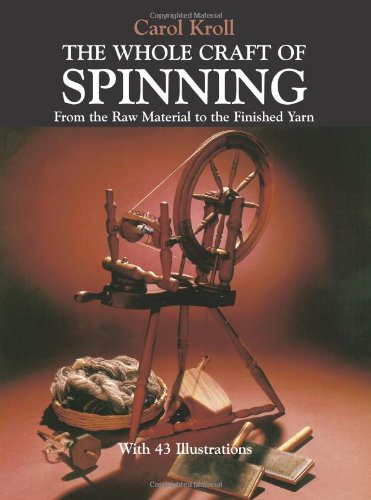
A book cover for The Whole Craft of Spinning: From the Raw Material to the Finished Yarn; Carol Kroll; Crafts, Hobbies & Home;